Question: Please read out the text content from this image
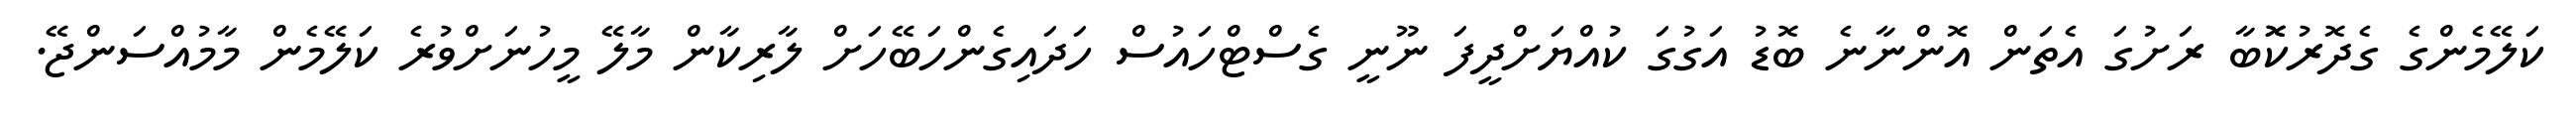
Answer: ކަލޭމެންގެ ގެދޮރުކޮޮބާ ރަށުގަ އެތަން އޮންނާނެ ބޮޑު އަގުގަ ކުއްޔަށްދީފަ ނޫނީ ގެސްޓްހައުސް ހަދައިގެންހަބޭހަށް ލާރިކާން މާލޭ މީހުނަށްވުރެ ކަލޭމެން މާމުއްސަންޖޭ.